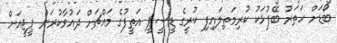
ބޯޑަށް ހަތަރު ބޭފުޅަކު ކުރިމަތިލައިފި ކުރީގެ ޑީސީޕީ އަތީފުގެ މައްޗަށް ދައުވާކުރަން ޕީޖީއަށް